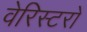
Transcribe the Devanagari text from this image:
वेरिस्टरों